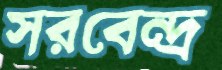
সরবেন্দ্র